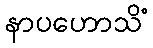
နာပဟောသိံ